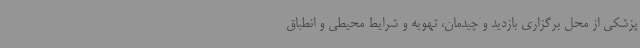
پزشکی از محل برگزاری بازدید و چیدمان، تهویه و شرایط محیطی و انطباق